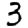
Digit: 3